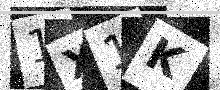
Text: 1X1K